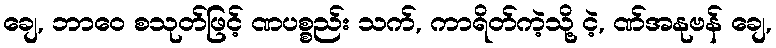
ချေ, ဘာဝေ စသုတ်ဖြင့် ဏပစ္စည်း သက်, ကာရိတ်ကဲ့သို့ ငဲ့, ဏ်အနုဗန် ချေ,